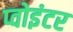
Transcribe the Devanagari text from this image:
प्वोइंटर